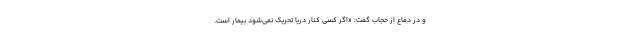
و در دفاع از حجاب گفت: «اگر کسی کنار دریا تحریک نمی‌شود بیمار است.